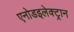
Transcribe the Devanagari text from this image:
एनोडइलेक्ट्रान